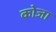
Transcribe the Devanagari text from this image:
कोजा